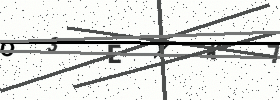
Text: O3EXK7